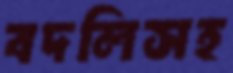
বদলিসহ